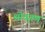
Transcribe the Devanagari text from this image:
श्रोतृगण